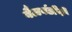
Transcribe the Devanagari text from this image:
बैलबंडीने